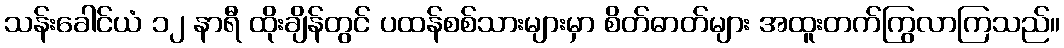
သန်းခေါင်ယံ ၁၂ နာရီ ထိုးချိန်တွင် ပထန်စစ်သားများမှာ စိတ်ဓာတ်များ အထူးတက်ကြွလာကြသည်။